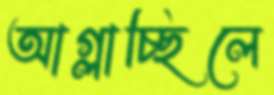
আগ্‌লাচ্ছিলে